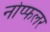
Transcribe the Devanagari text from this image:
नोप्फलर